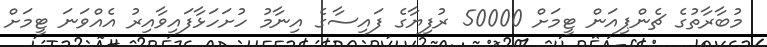
މުބާރާތުގެ ޗެންޕިއަން ޓީމަށް 50000 ރުފިޔާގެ ފައިސާގެ އިނާމު ހުށަހަޅާފައިވާއިރު އެއްވަނަ ޓީމަށް